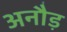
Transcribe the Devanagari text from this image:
अनौड़